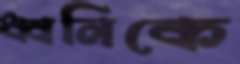
ধ্বনিকে